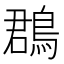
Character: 鵘